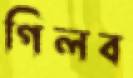
গিলব